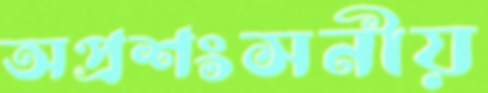
অপ্রশংসনীয়